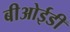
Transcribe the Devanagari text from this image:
बीओईडी